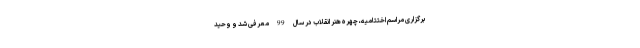
برگزاری مراسم اختتامیه، چهره هنر انقلاب در سال 99 معرفی شد و وحید